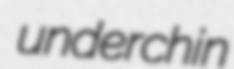
underchin